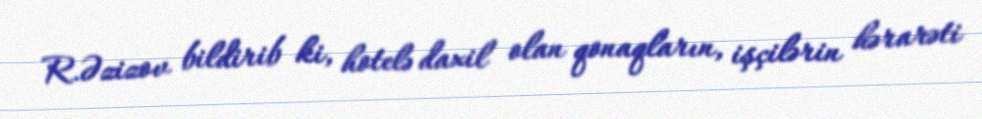
R.Əzizov bildirib ki, hotelə daxil olan qonaqların, işçilərin hərarəti